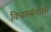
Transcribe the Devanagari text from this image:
विचारवंतांशी